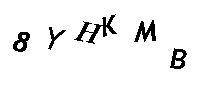
8YHKMB